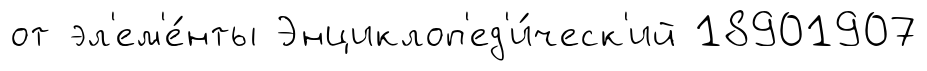
от эл'ем'е́нты Энциклоп'ед'и́ческ'ий 18901907